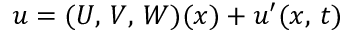
\boldsymbol { u } = ( U , \, V , \, W ) ( \boldsymbol { x } ) + \boldsymbol { u } ^ { \prime } ( \boldsymbol { x } , \, t )